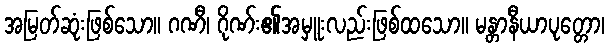
အမြတ်ဆုံးဖြစ်သော။ ဂဏီ၊ ဂိုဏ်း၏အမှူးလည်းဖြစ်ထသော။ မန္တာနီယာပုတ္တော၊